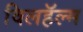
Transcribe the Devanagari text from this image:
विलहॅल्म